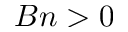
B n > 0